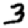
Digit: 3